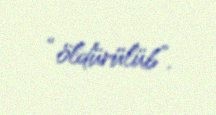
“öldürülüb”.